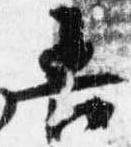
吾